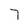
Character: 7